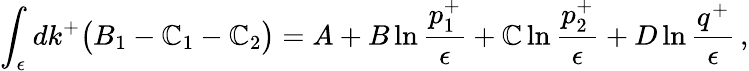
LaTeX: \int_{\epsilon}dk^{+}\big(B_{1}-\mathbb{C}_{1}-\mathbb{C}_{2}\big)=A+B\ln{\frac{{p_{1}^{+}}}{{\epsilon}}}+\mathbb{C}\ln{\frac{{p_{2}^{+}}}{{\epsilon}}}+D\ln{\frac{{q^{+}}}{{\epsilon}}}\, ,